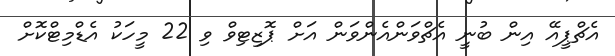
އެޗްޕީއޭ އިން ބުނީ އެޗްވަންއެންވަން އަށް ޕޮޒިޓިވް ވި 22 މީހަކު އެޑްމިޓްކޮށް